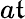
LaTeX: a\mathfrak{t}